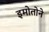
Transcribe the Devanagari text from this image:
इमोतोने